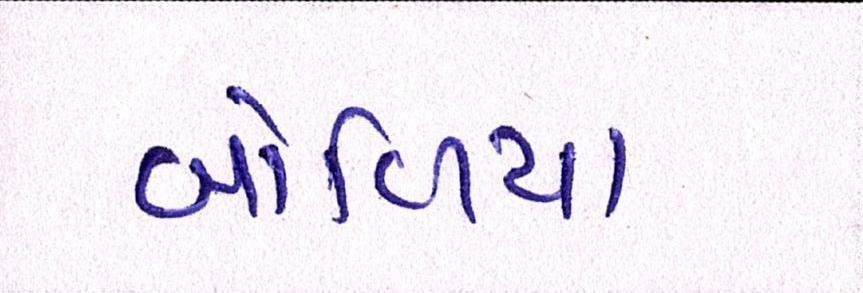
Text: બોળિયા